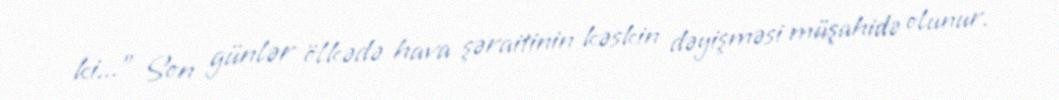
ki...” Son günlər ölkədə hava şəraitinin kəskin dəyişməsi müşahidə olunur.